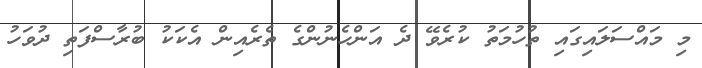
މި މައްސަލައިގައި ތުހުމަތު ކުރެވޭ ދެ އަންހެނުންގެ ތެރެއިން އެކަކު ބުރާސްފަތި ދުވަހު